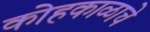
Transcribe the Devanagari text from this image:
कोहकाळाचे